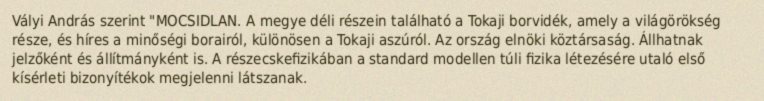
Vályi András szerint "MOCSIDLAN. A megye déli részein található a Tokaji borvidék, amely a világörökség része, és híres a minőségi borairól, különösen a Tokaji aszúról. Az ország elnöki köztársaság. Állhatnak jelzőként és állítmányként is. A részecskefizikában a standard modellen túli fizika létezésére utaló első kísérleti bizonyítékok megjelenni látszanak.